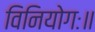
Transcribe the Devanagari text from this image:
विनियोगः॥